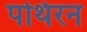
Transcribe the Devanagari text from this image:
पथिरन